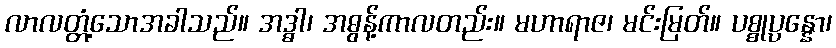
လာလတ္တံ့သောအခါသည်။ အဒ္ဓါ၊ အဓွန့်ကာလတည်း။ မဟာရာဇ၊ မင်းမြတ်။ ပစ္စုပ္ပန္နော၊